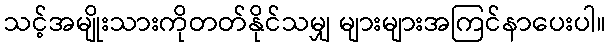
သင့်အမျိုးသားကိုတတ်နိုင်သမျှ များများအကြင်နာပေးပါ။